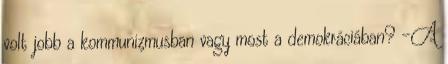
volt jobb a kommunizmusban vagy most a demokráciában? -A